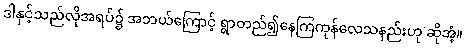
ဒါနှင့်သည်လိုအရပ်၌ အဘယ်ကြောင့် ရွာတည်၍နေကြကုန်လေသနည်းဟု ဆိုအံ့။